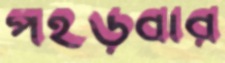
পইড়বার